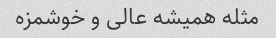
مثله همیشه عالی و خوشمزه